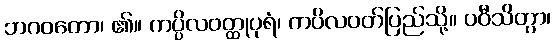
ဘဂဝတော၊ ၏။ ကပ္ပိလဝတ္ထုပုရံ၊ ကပိလဝတ်ပြည်သို့။ ပဝီသိတွာ၊